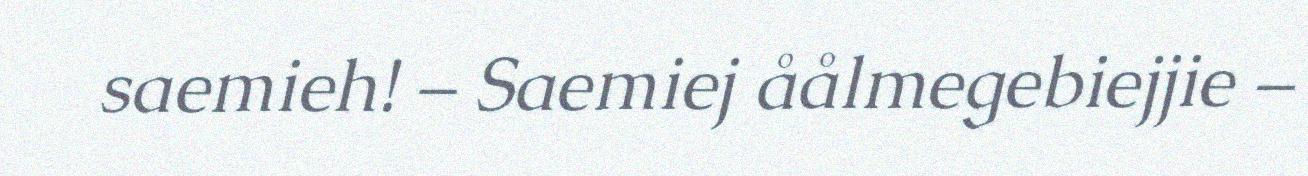
saemieh! – Saemiej åålmegebiejjie –